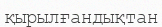
қырылғандықтан